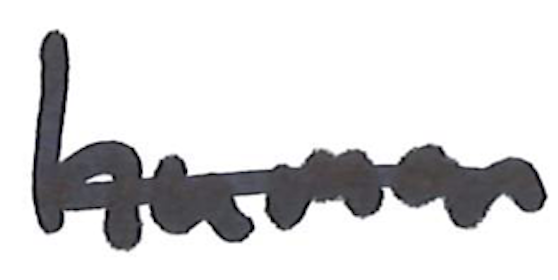
Text: human
Cross-out: single-line
Writing tool: marker